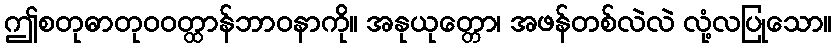
ဤစတုဓာတုဝဝတ္ထာန်ဘာဝနာကို။ အနုယုတ္တော၊ အဖန်တစ်လဲလဲ လုံ့လပြုသော။